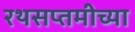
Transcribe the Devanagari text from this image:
रथसप्तमीच्या